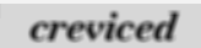
creviced